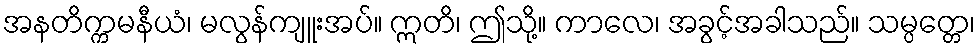
အနတိက္ကမနီယံ၊ မလွန်ကျူးအပ်။ ဣတိ၊ ဤသို့။ ကာလေ၊ အခွင့်အခါသည်။ သမ္ပတ္တေ၊